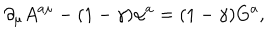
LaTeX: \partial _ { \mu } A ^ { a \mu } - ( 1 - \gamma ) \alpha ^ { a } = ( 1 - \gamma ) G ^ { a } ,